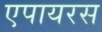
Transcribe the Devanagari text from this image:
एपायरस